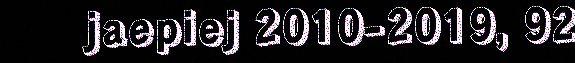
jaepiej 2010-2019, 92